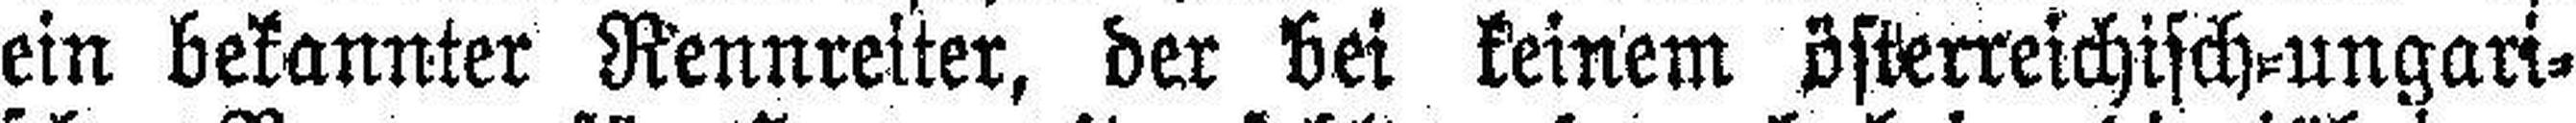
ein bekannter Rennreiter, der bei keinem österreichisch=ungari¬